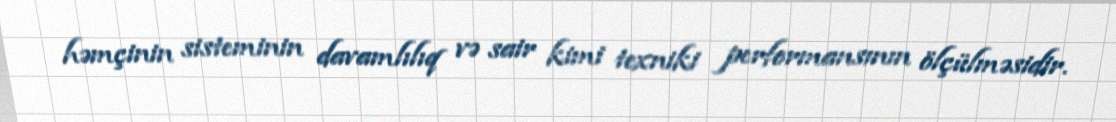
həmçinin sisteminin davamlılıq və sair kimi texniki performansının ölçülməsidir.